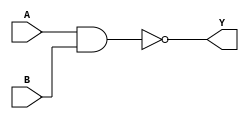
module nandGate(A,B,Y);
    wire X;
    input A,B;
    output Y;

    and (X,A,B);
    not (Y,X);
endmodule